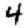
Digit: 4